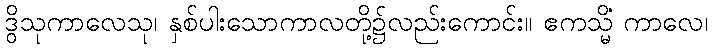
ဒွိသုကာလေသု၊ နှစ်ပါးသောကာလတို့၌လည်းကောင်း။ ဧကသ္မိံ ကာလေ၊